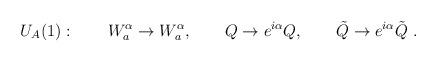
LaTeX: \begin{align*}U_A(1): \qquad W^{\alpha}_a \rightarrow W^{\alpha}_a, \qquad Q\rightarrow e^{i \alpha} Q, \qquad \tilde{Q}\rightarrow e^{i \alpha} \tilde{Q} \ .\end{align*}